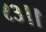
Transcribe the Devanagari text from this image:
८३।।